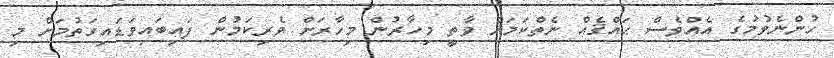
ހުންނެވުމުގެ އެއްވެސް ޙައްޤެއް ނެތްކަމަށް ވާތީ މިހާރުން މިހާރަށް ވެރިކަމުން ފައިބައިވަޑައިގަތުމަށް މި